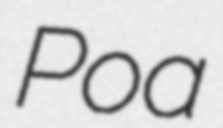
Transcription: Poa